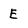
Character: E